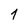
Character: 1